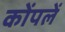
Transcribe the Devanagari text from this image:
कोंपलें